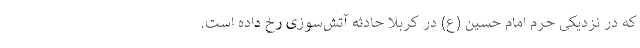
که در نزدیکی حرم امام حسین (ع) در کربلا حادثه آتش‌سوزی رخ داده است.